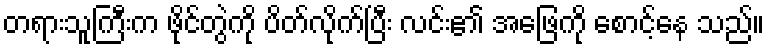
တရားသူကြီးက ဖိုင်တွဲကို ပိတ်လိုက်ပြီး လင်း၏ အဖြေကို စောင့်နေ သည်။